Annual returns of the Patna Lunatic Asylum at Bankipore in Bihar and Orissa - 1912-1924
Year: 1912
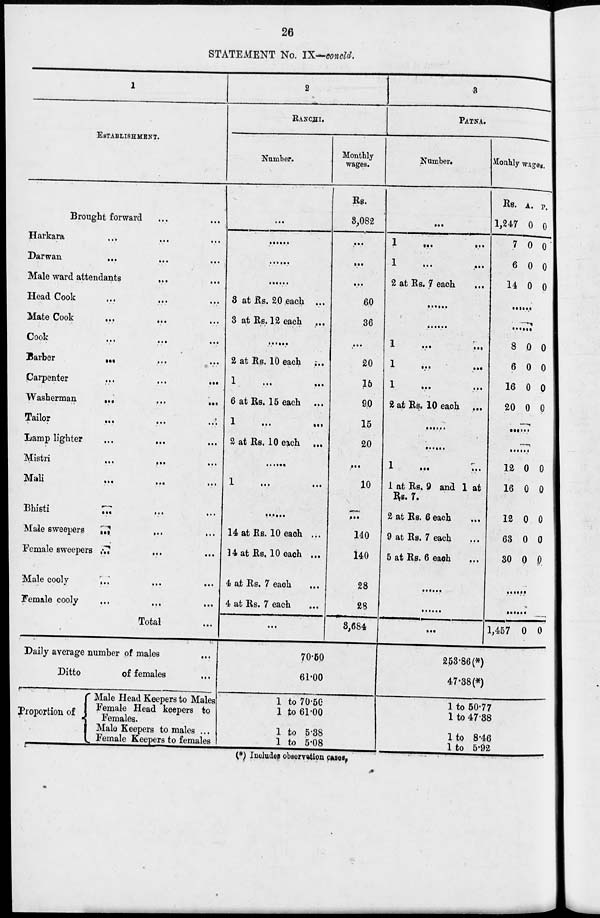
26
STATEMENT No. IX—concld.
1
ESTABLISHMENT.
Brought forward ... ... ...
Harkara ... ... ...
Darwan
...
...
...
Male ward attendants ... ... ...
Head Cook ... ... ...
Mate Cook
...
...
Cook
...
...
...
Barber
...
...
...
Carpenter
...
...
...
Washerman
...
...
...
Tailor ... ... ...
Lamp lighter ... ... ...
Mistri ... ... ...
Mali
...
...
...
Bhisti
...
...
...
Male sweepers
...
...
...
Female sweepers ...
...
Male cooly
...
...
...
Female cooly ... ... ...
Total ...
Daily average number of males ...
Ditto
of females ...
Proportion of
Male Head Keepers to Males
Female Head keepers to
Females.
Male Keepers to males ...
Female Keepers to females
2
RANCHI.
Number.
...
......
......
......
3 at Rs. 20 each ...
3 at Rs. 12 each
......
2 at Rs. 10 each ...
1
...
...
6 at Rs. 15 each
1
...
...
2 at Rs. 10 each ...
......
1
...
...
14 at Rs. 10 each ...
14 at Rs. 10 each ...
4 at Rs. 7 each ...
4 at Rs. 7 each ...
...
Monthly
wages.
Rs.
3,082
...
...
...
60
36
...
20
16
90
15
20
...
10
...
140
140
28
28
3,684
70.50
61.00
1 to 70.50
1 to 61.00
1 to 5.38
1 to 5.08
3
PATNA.
Number.
...
1
...
...
1 ...
...
2 at Rs. 7 each
......
......
1
...
...
1
...
...
1
...
...
2 at Rs. 10 each
......
......
1
...
...
1 at Rs, 9 and 1 at
Rs.7.
2 at Rs. 6 each
9 at Rs. 7 each
5 at Rs. 6 each
......
......
...
Monthly wages.
Rs.
1,247
7
6
14
A.
0
0
0
0
P.
0
0
0
0
......
......
8
6
16
20
0
0
0
0
0
0
0
0
......
......
12
16
12
63
30
0
0
0
0
0
0
0
0
0
0
......
......
1,457 0 0
253.86 (*)
47.38(*)
1 to 50.77
1 to 47.38
1 to 8.46
1 to 5.92
(*) Includes observation cases.